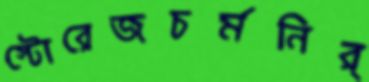
স্টোরেজচর্মনির্